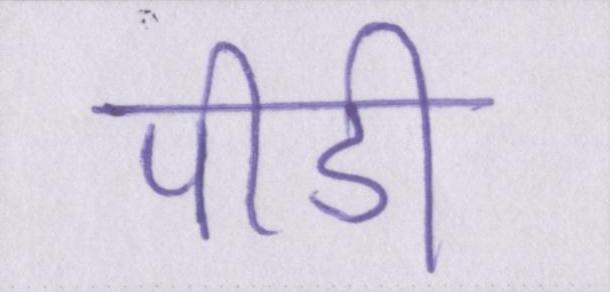
पीडी